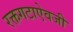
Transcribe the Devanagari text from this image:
रक्तगटाऐवजी